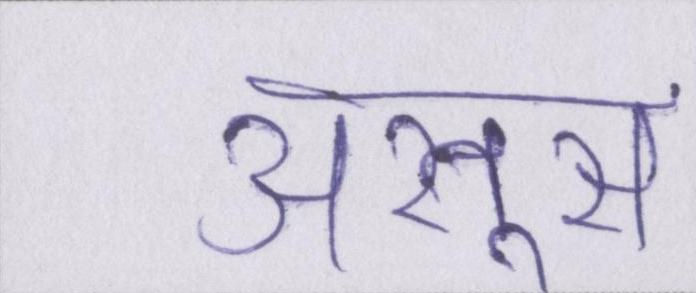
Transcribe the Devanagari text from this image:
असूस